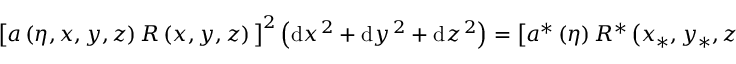
\begin{array} { r } { \big [ a \left( \eta , x , y , z \right) R \left( x , y , z \right) \big ] ^ { 2 } \left( \mathrm { d } x ^ { \, 2 } + \mathrm { d } y ^ { \, 2 } + \mathrm { d } z ^ { \, 2 } \right) = \big [ a ^ { \ast } \left( \eta \right) R ^ { \ast } \left( x _ { \ast } , y _ { \ast } , z _ { \ast } \right) \big ] ^ { 2 } \left( \mathrm { d } x _ { \ast } ^ { \, 2 } + \mathrm { d } y _ { \ast } ^ { \, 2 } + \mathrm { d } z _ { \ast } ^ { \, 2 } \right) , ~ ~ ~ ~ ~ ~ } \end{array}